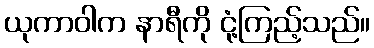
ယုကာဝါက နာရီကို ငုံ့ကြည့်သည်။